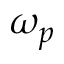
\omega _ { p }